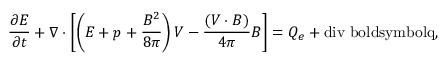
\frac { \partial E } { \partial t } + \nabla \cdot \left[ \left( E + p + \frac { B ^ { 2 } } { 8 \pi } \right) { \boldsymbol { V } } - \frac { ( \boldsymbol { V } \cdot \boldsymbol { B } ) } { 4 \pi } \boldsymbol { B } \right] = Q _ { e } + \mathrm { { d i v } \ b o l d s y m b o l { q } , }